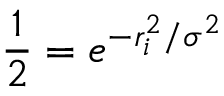
\frac { 1 } { 2 } = e ^ { - r _ { i } ^ { 2 } / \sigma ^ { 2 } }